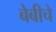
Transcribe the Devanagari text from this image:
बेबीचे